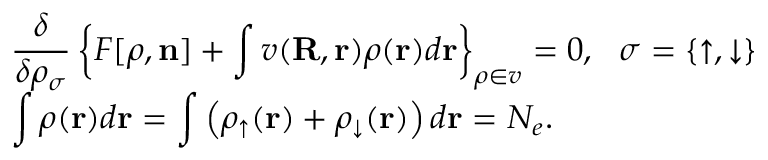
\begin{array} { l } { { \displaystyle \frac { \delta } { \delta \rho _ { \sigma } } \left\{ { \cal F } [ { \boldsymbol \rho } , { \bf n } ] + \int v ( { \bf R , r } ) \rho ( { \bf r } ) d { \bf r } \right\} _ { { \boldsymbol \rho } \in v } = 0 , ~ ~ \sigma = \{ \uparrow , \downarrow \} } \ ~ } \\ { { \displaystyle \int \rho ( { \bf r } ) d { \bf r } = \int \left( \rho _ { \uparrow } ( { \bf r } ) + \rho _ { \downarrow } ( { \bf r } ) \right) d { \bf r } = N _ { e } } . } \end{array}